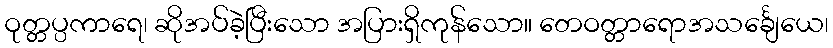
ဝုတ္တပ္ပကာရေ၊ ဆိုအပ်ခဲ့ပြီးသော အပြားရှိကုန်သော။ တေဝတ္တာရောအသင်္ချေယေ၊